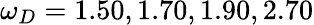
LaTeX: \omega_{D}=1.50,1.70,1.90,2.70